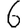
Digit: 6